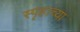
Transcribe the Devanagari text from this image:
स्पृहाच्या